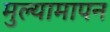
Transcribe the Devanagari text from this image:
मुल्यामापन